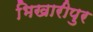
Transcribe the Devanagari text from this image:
भिखारीपुर